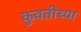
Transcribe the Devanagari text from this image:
कुवतीच्या